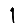
Digit: 1